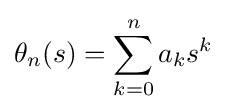
\theta _{n}(s)=\sum _{k=0}^{n}a_{k}s^{k}